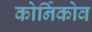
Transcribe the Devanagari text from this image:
कोर्निकोव